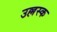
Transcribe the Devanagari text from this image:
उल्लस्क